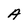
Character: A